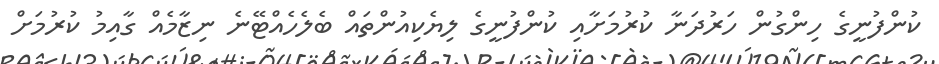
ކުންފުނީގެ ހިންގުން ހަރުދަނާ ކުރުމަށާއި ކުންފުނީގެ ލިޔެކިއުންތައް ބެލެހެއްޓޭނެ ނިޒާމެއް ގާއިމު ކުރުމަށް